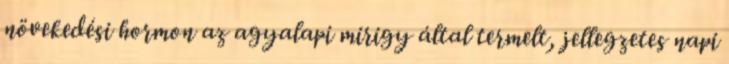
növekedési hormon az agyalapi mirigy által termelt, jellegzetes napi